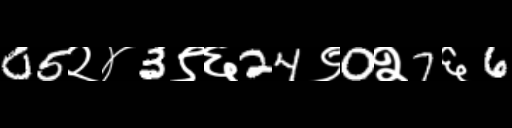
Text: 05२४3९६24९0२7६6